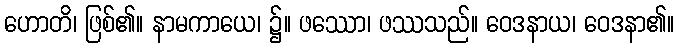
ဟောတိ၊ ဖြစ်၏။ နာမကာယေ၊ ၌။ ဖဿော၊ ဖဿသည်။ ဝေဒနာယ၊ ဝေဒနာ၏။